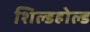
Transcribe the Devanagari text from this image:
शिल्डहोल्ड